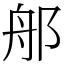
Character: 郍